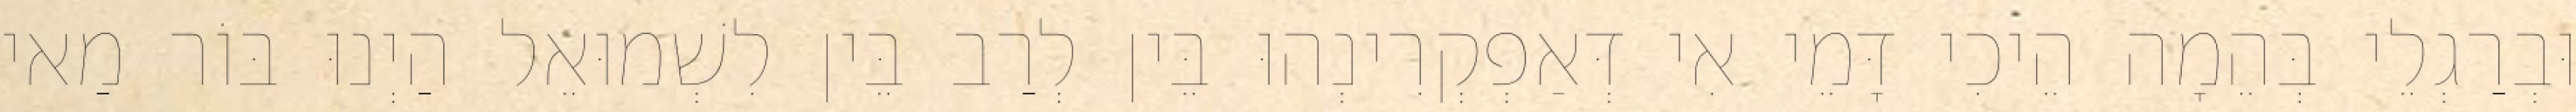
וּבְרַגְלֵי בְּהֵמָה הֵיכִי דָּמֵי אִי דְּאַפְקְרִינְהוּ בֵּין לְרַב בֵּין לִשְׁמוּאֵל הַיְנוּ בּוֹר מַאי